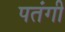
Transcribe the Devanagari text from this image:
पतंगी